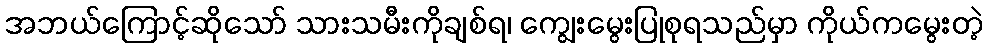
အဘယ်ကြောင့်ဆိုသော် သားသမီးကိုချစ်ရ၊ ကျွေးမွေးပြုစုရသည်မှာ ကိုယ်ကမွေးတဲ့